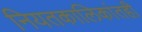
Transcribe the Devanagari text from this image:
नियतकालिकांतही